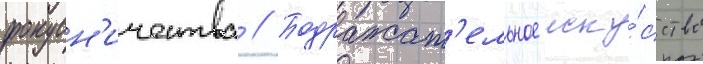
фокусн'ичества // Подражат'ельное иску́сство